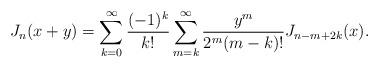
LaTeX: \begin{align*}J_n(x+y)=\sum_{k=0}^{\infty}\frac{(-1)^k}{k!}\sum_{m=k}^{\infty}\frac{y^m}{2^m(m-k)!} J_{n-m+2k}(x).\end{align*}